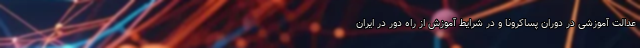
عدالت آموزشی در دوران پساکرونا و در شرایط آموزش از راه دور در ایران